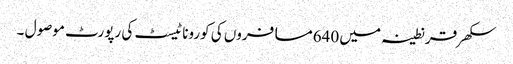
سکھر قرنطینہ میں 640مسافروں کی کورونا ٹیسٹ کی رپورٹ موصول ۔